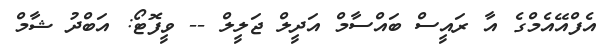
އެފްއޭއެމްގެ އާ ރައީސް ބައްސާމް އަދީލް ޖަލީލް -- ވީފޮޓޯ: އަބްދު ޝާމް